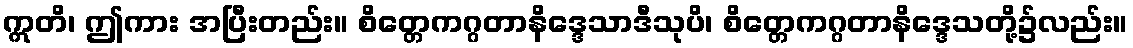
ဣတိ၊ ဤကား အပြီးတည်း။ စိတ္တေကဂ္ဂတာနိဒ္ဒေသာဒီသုပိ၊ စိတ္တေကဂ္ဂတာနိဒ္ဒေသတို့၌လည်း။